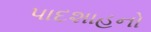
પાદશાહનો